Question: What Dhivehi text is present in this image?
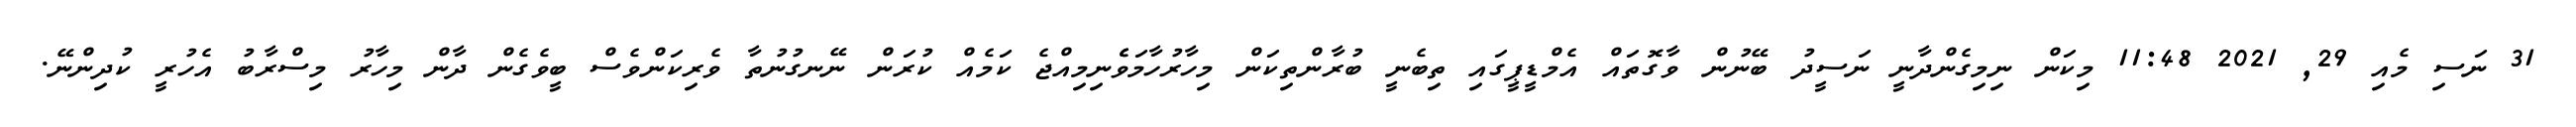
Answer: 31 ނަސި މެއި 29, 2021 11:48 މިކަން ނިމިގެންދާނީ ނަސީދު ބޭނުން ވާގޮތައް އެމްޑީޕީގައި ތިބެނީ ބުރާންތިކަން މިހާރުހާމަވެެނިމިއްޖެ ކަމެއް ކުރަން ނޭނގުނުތާ ވެރިކަންވެސް ބީވެގެން ދާން މިހާރު މިސްރާބު އެހުރީ ކުދިންނޭ.